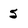
Character: 5